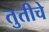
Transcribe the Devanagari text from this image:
तुतीचे